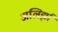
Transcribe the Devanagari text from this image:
अलिर्झा